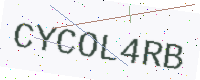
Text: CYCOL4RB